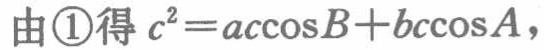
由\textcircled{1}得 \(c^{2}=ac\cos B + bc\cos A\)，